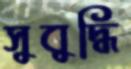
সুবুদ্ধি